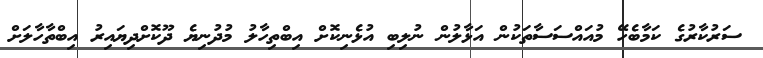
ސަރުކާރުގެ ކަމާބެހޭ މުއައްސަސާތަކުން އަޅާލުން ނުލިބި އުޅެނިކޮށް އިބްތިހާލު މުދުނިޔެ ދޫކޮށްދިޔައިރު އިބްތާހާލަށް